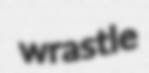
wrastle